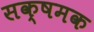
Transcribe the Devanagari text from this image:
सक्षमक